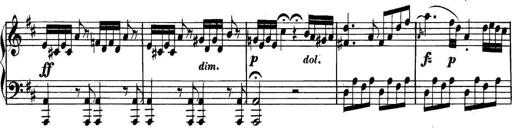
Title: Collected Piano Sonatas
Composer: Muzio Clementi